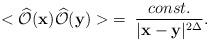
LaTeX: \begin{align*}<\widehat{\cal O}({\bf x})\widehat{\cal O}({\bf y})>\;=\;\frac{const.}{|{\bf x}-{\bf y}|^{2\Delta}}.\end{align*}